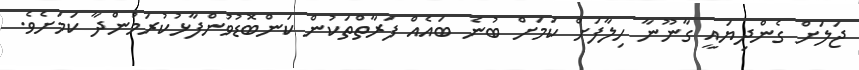
ޖަލަށް ގެންދިޔައީ ގާނޫނާ ހިލާފަށް ކަމަށް ބުނެ ބައެއް ފަރާތްތަކުން ކަންބޮޑުވުންފާޅުކުރަމުންދާ ކަމަށެވެ.